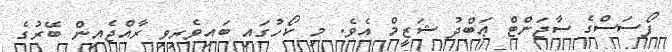
ފޯސަސްގެ ސާޖަންޓް ޢަބްދު ޝަޒީމް އެވެ. މި ކޯހުގައި ބައިވެރިވި ރާއްޖެއިން ބޭރުގެ